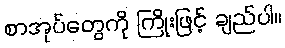
စာအုပ်တွေကို ကြိုးဖြင့် ချည်ပါ။